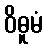
ဝိဓူမံ